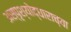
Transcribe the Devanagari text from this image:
अस्पृश्योद्धाराच्या